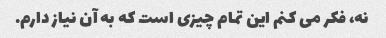
نه، فکر می کنم این تمام چیزی است که به آن نیاز دارم.